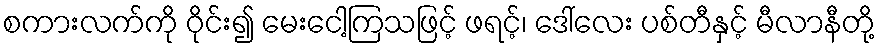
စကားလက်ကို ဝိုင်း၍ မေးငေါ့ကြသဖြင့် ဖရင့်၊ ဒေါ်လေး ပစ်တီနှင့် မီလာနီတို့